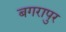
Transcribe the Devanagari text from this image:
बगरापुर